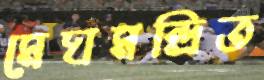
মেঘমন্দ্রিত